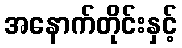
အနောက်တိုင်းနှင့်